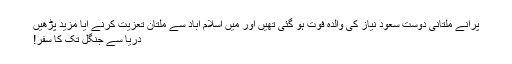
پرانے ملتانی دوست سعود نیاز کی والدہ فوت ہو گئی تھیں اور میں اسلام آباد سے ملتان تعزیت کرنے آیا مزید پڑھیں
دریا سے جنگل تک کا سفر!